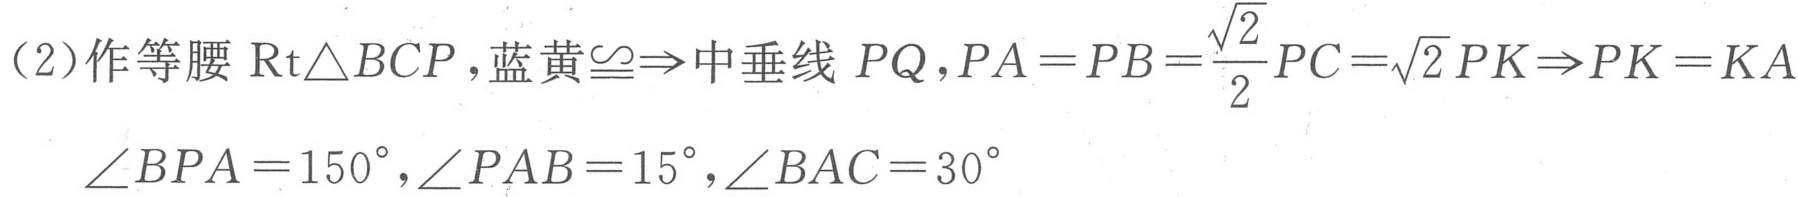
(2)作等腰\(\text{Rt}\triangle BCP\)，蓝黄\(\cong\Rightarrow\)中垂线 \(PQ\)，\(PA = PB=\frac{\sqrt{2}}{2}PC=\sqrt{2}PK\Rightarrow PK = KA\)
\(\angle BPA = 150^{\circ},\angle PAB = 15^{\circ},\angle BAC = 30^{\circ}\)